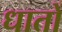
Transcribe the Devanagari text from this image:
धातों